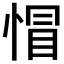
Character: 𢝌